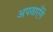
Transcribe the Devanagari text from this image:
अपनाएँगे